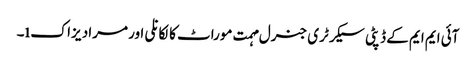
آئی ایم ایم کے ڈپٹی سیکرٹری جنرل مہمت موراٹ کالکانلی اور مراد یزاکı۔